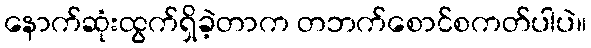
နောက်ဆုံးထွက်ရှိခဲ့တာက တဘက်စောင်စကတ်ပါပဲ။